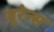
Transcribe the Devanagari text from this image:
मूरेन्स